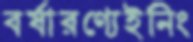
বর্ষারণ্যেইনিং